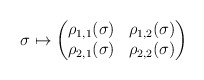
\begin{align*}\sigma \mapsto \begin{pmatrix}\rho_{1,1}(\sigma) & \rho_{1,2}(\sigma) \\ \rho_{2,1}(\sigma) & \rho_{2,2}(\sigma)\end{pmatrix}\end{align*}